Senior Leaving Certificate Examination (including Day School Certificate (Higher) General paper), 1949
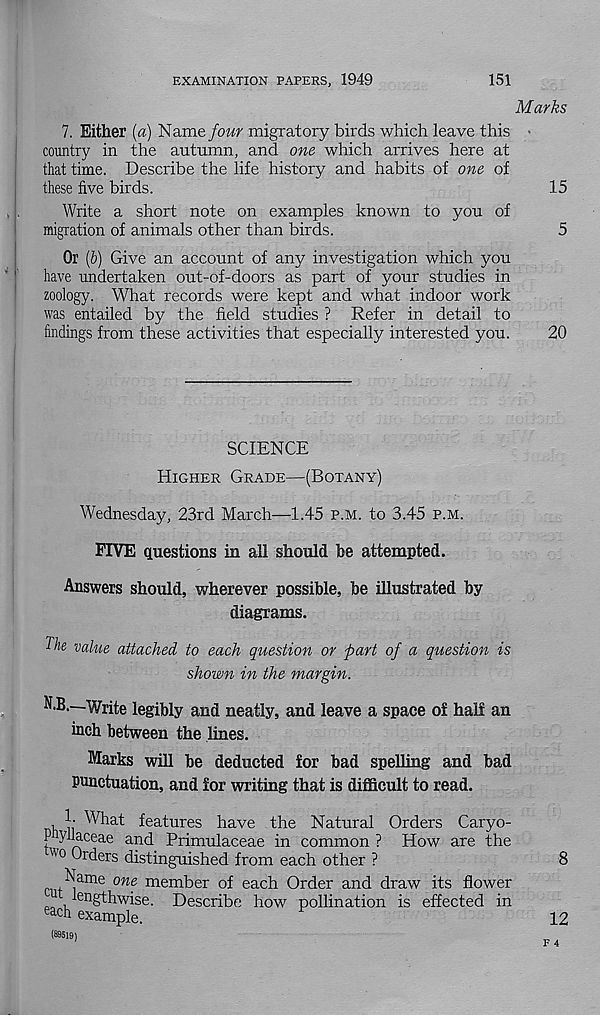
EXAMINATION PAPERS, 1949
151
Marks
7. Either {a) Name/cw migratory birds which leave this -
country in the autumn, and one which arrives here at
that time. Describe the life history and habits of one of
these live birds.
15
Write a short note on examples known to you of
migration of animals other than birds.
5
Or (6) Give an account of any investigation which you
have undertaken out-of-doors as part of your studies in
zoology. What records were kept and what indoor work
was entailed by the field studies ? Refer in detail to
findings from these activities that especially interested you.
20
SCIENCE
Higher Grade—(Botany)
Wednesday, 23rd March—1.45 p.m. to 3.45 p.m.
FIVE questions in all should he attempted.
Answers should, wherever possible, be illustrated by
diagrams.
The value attached to each question or part of a question is
shown in the margin.
N.B.—Write legibly and neatly, and leave a space of half an
inch between the lines.
Marks will be deducted for bad spelling and bad
Punctuation, and for writing that is difficult to read.
b What features have the Natural Orders Caryo-
P yllaceae and Primulaceae in common ? How are the
'' 0 -Wers distinguished from each other ?
8
hCme one member of each Order and draw its flower
lengthwise. Describe how pollination is effected in
ea ch example.
12